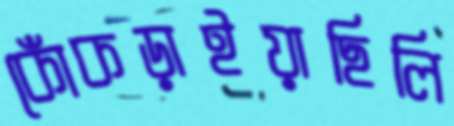
কোঁকড়াইয়াছিলি